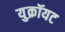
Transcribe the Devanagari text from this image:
युक्रॉयट